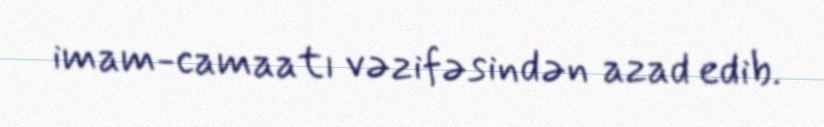
imam-camaatı vəzifəsindən azad edib.